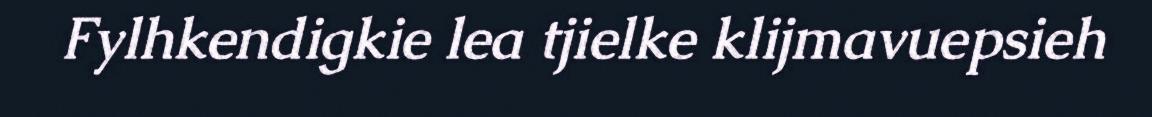
Fylhkendigkie lea tjielke klijmavuepsieh